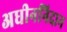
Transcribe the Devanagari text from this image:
अधीननिदान